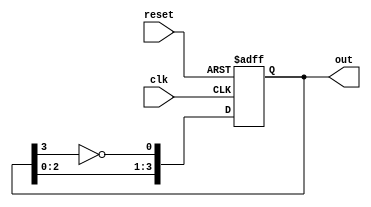
module JohnsonCounter #(
    parameter N = 4  // Number of flip-flops
) (
    input wire clk,          // Clock signal
    input wire reset,        // Asynchronous reset signal
    output reg [N-1:0] out   // Output state of the counter
);

    // Internal signal for feedback
    wire feedback;

    // Feedback is the inverted output of the last flip-flop
    assign feedback = ~out[N-1];

    always @(posedge clk or posedge reset) begin
        if (reset) begin
            out <= 0;  // Reset all flip-flops to 0
        end else begin
            // Shift the outputs and feed back the inverted last output
            out <= {out[N-2:0], feedback};
        end
    end
endmodule